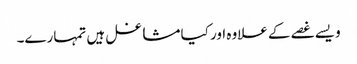
ویسے غصے کے علاوہ اور کیا مشاغل ہیں تمہارے۔